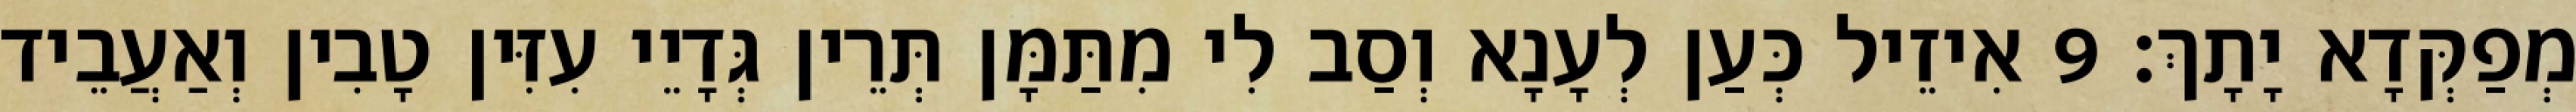
מְפַקְּדָא יָתָךְ׃ 9 אִיזֵיל כְּעַן לְעָנָא וְסַב לִי מִתַּמָּן תְּרֵין גְּדָיֵי עִזִּין טָבִין וְאַעֲבֵיד